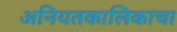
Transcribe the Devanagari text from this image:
अनियतकालिकाचा